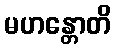
မဟန္တောတိ